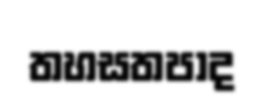
තහසතපාද